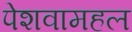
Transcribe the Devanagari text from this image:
पेशवामहल